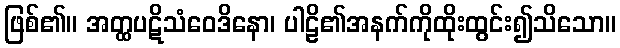
ဖြစ်၏။ အတ္ထပဋိသံဝေဒိနော၊ ပါဠိ၏အနက်ကိုထိုးထွင်း၍သိသော။